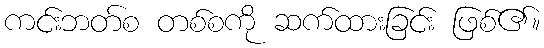
ကင်းဘတ်စ တစ်စကို ဆက်ထားခြင်း ဖြစ်၏။